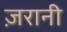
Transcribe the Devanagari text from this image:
ज़रानी